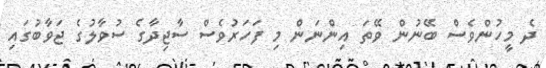
ދެ މީހުންވެސް ބޭނުން ވޭތަ އިންނަން މި ފަހަރުވެސް ސާޖިދާގެ ސުވާލުގެ ޖަވާބުގައި